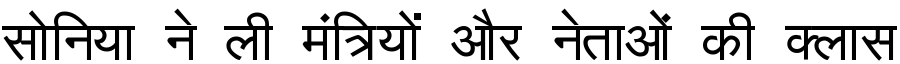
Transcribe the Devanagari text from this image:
सोनिया ने ली मंत्रियों और नेताओं की क्लास